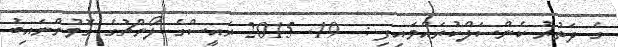
ގެ ދަތުރު ކެންސަލްކުރައްވައިފި :  19